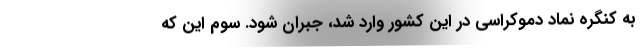
به کنگره نماد دموکراسی در این کشور وارد شد، جبران شود. سوم این که